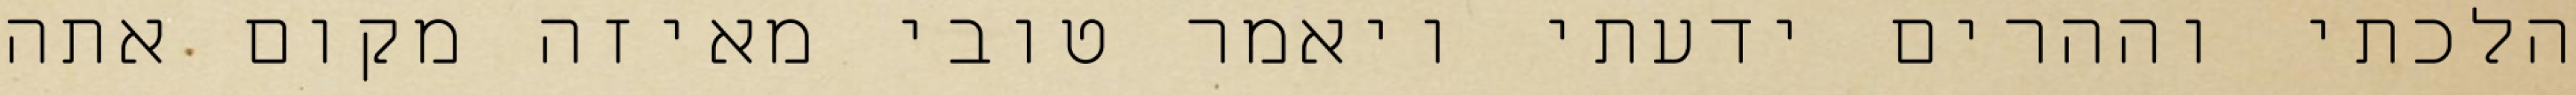
הלכתי וההרים ידעתי ויאמר טובי מאיזה מקום אתה